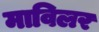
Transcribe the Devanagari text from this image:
माविलर